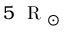
5 ~ \mathrm { ~ R ~ } _ { \odot }